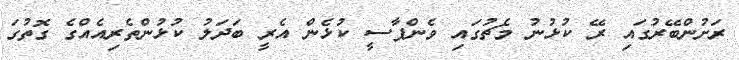
ރަށުންބޭރުގައި ރޭ ކުޅުނު މެޗުގައި ވެންޕާސީ ކުޅެން އެރީ ބަދަލު ކުޅުންތެރިއެއްގެ ގޮތުގަ